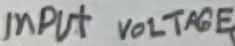
Text: INPUT VOLTAGE